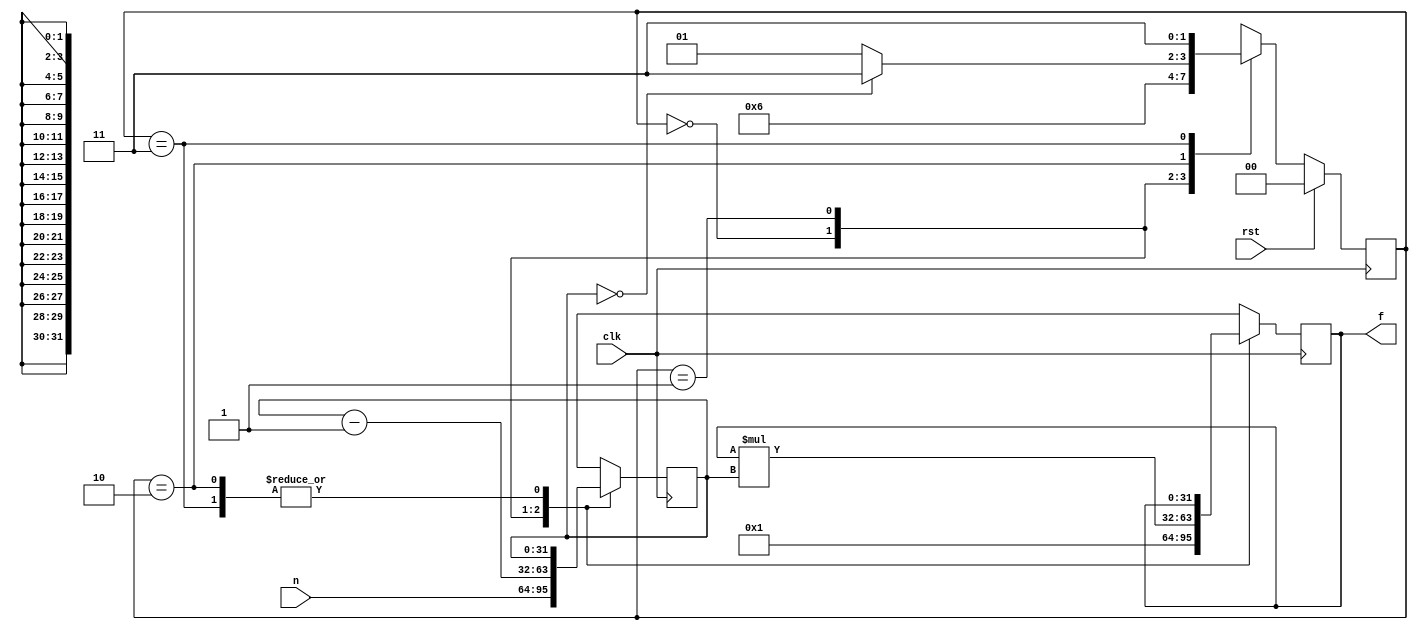
`define INICIO 2'b00
`define CICLO 2'b01
`define CCICLO 2'b10
`define FIN 2'b11

module factorial(
   input clk,
   input rst,
   input[31:0] n,
   output [31:0] f 
);
    reg [1:0] cs;
    reg [1:0] ns;

    reg [31:0] a, b;
    reg [31:0] na, nb;
    assign f = a;
    //current state
    always @ (posedge clk)
    begin
        if(rst)
            cs <= `INICIO;
        else
            cs <= ns; 
    end

    //Registers (a, b)
    always @ (posedge clk)
    begin
        a <= na;
        b <= nb;
    end

    //next values register (a, b)
    always @ (*)
    begin
        case (cs)
            `INICIO: begin
                na = 32'd1;
                nb = n;
            end
            `CICLO: begin
                na = a * b;
                nb = b - 32'd1;
            end
            `CCICLO: begin
                na = a;
                nb = b;
            end
            `FIN: begin
                na = a;
                nb <= b;
            end
        endcase
    end

    //next state
    always @ (*)
    begin
        case (cs)
            `INICIO: ns = `CICLO;
            `CICLO: ns = `CCICLO;
            `CCICLO:
                if (b == 32'd0) 
                    ns = `FIN;
                else
                    ns = `CICLO;               
            `FIN: ns = `FIN;
        endcase
    end
endmodule